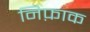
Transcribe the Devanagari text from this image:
निफ़ाक